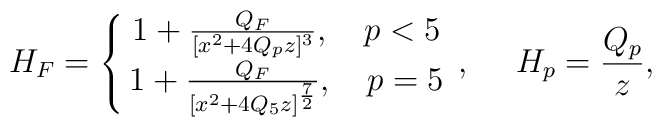
H_F=\left\{\matrix{1+{{Q_F}\over{[x^2+4Q_pz]^3}},\ \ \ p<5 \cr 1+{{Q_F}\over{[x^2+4Q_5z]^{7\over 2}}},\ \ \ p=5}\right.,\ \ \ \ H_p={{Q_p}\over z},